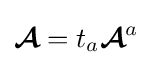
{\boldsymbol {\mathcal {A}}}=t_{a}{\boldsymbol {\mathcal {A}}}^{a}